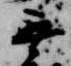
無